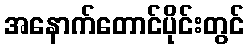
အနောက်တောင်ပိုင်းတွင်